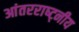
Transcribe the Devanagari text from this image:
आंतरराष्ट्नीय